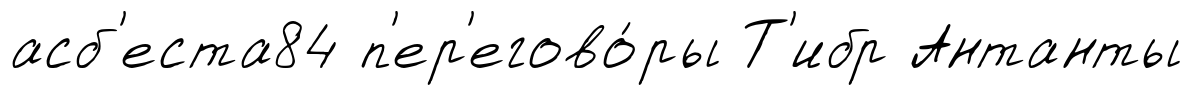
асб'еста84 п'ер'егово́ры Т'ибр Антанты